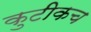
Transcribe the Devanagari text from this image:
कुटीकच